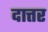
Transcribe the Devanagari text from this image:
दात्तर